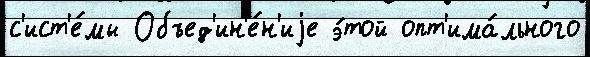
с'ист'е́мы Объед'ин'е́н'иjе э́той опт'има́льного